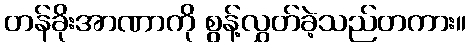
တန်ခိုးအာဏာကို စွန့်လွှတ်ခဲ့သည်တကား။